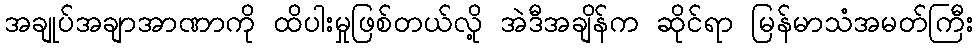
အချုပ်အချာအာဏာကို ထိပါးမှုဖြစ်တယ်လို့ အဲဒီအချိန်က ဆိုင်ရာ မြန်မာသံအမတ်ကြီး